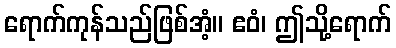
ရောက်ကုန်သည်ဖြစ်အံ့။ ဧဝံ၊ ဤသို့ရောက်